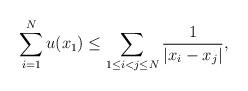
LaTeX: \begin{align*}\sum^{N}_{i=1}u(x_1) \leq \sum_{1 \leq i < j \leq N} \dfrac{1}{\vert x_i - x_j\vert},\end{align*}